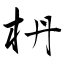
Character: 枬